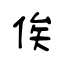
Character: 俟